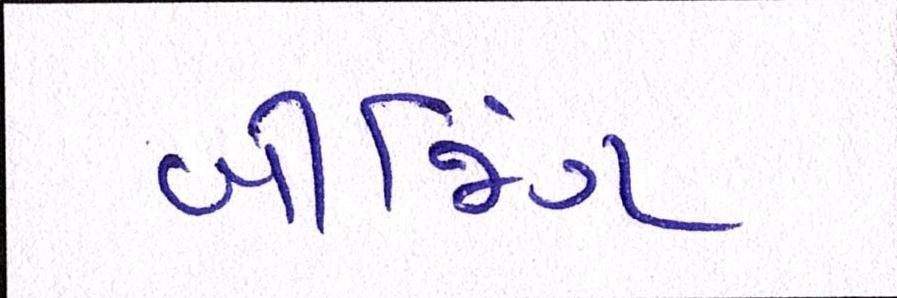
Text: બીજિંગ